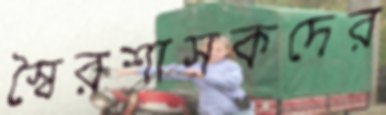
স্বৈরশাসকদের